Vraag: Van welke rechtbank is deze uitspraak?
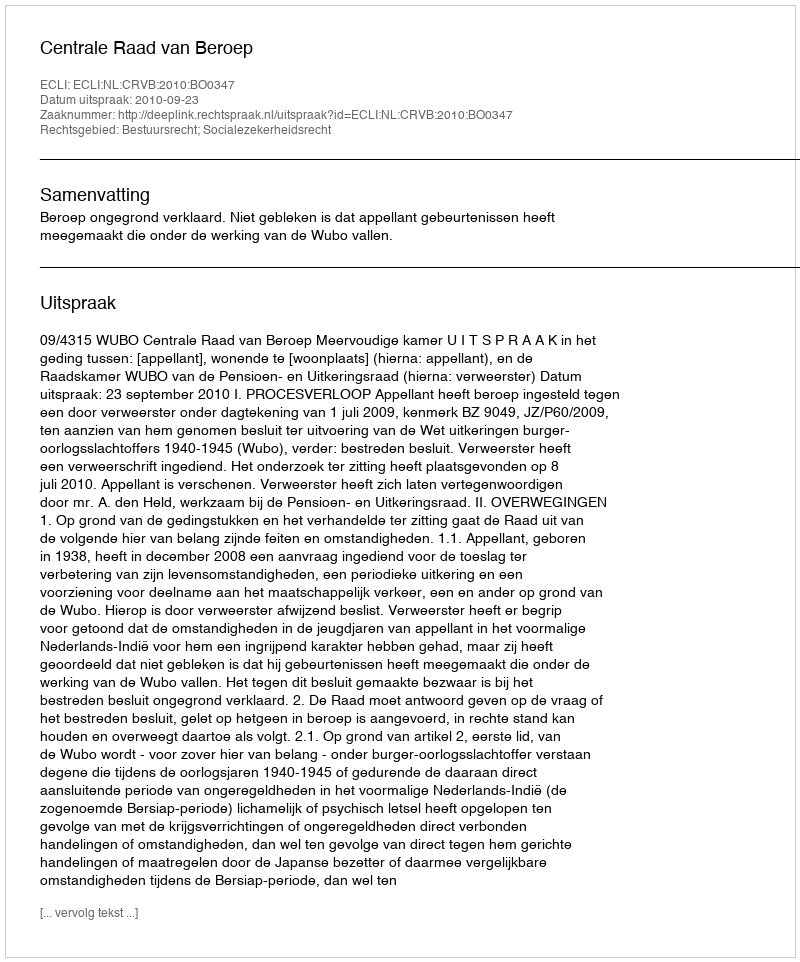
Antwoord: Centrale Raad van Beroep